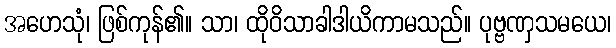
အဟေသုံ၊ ဖြစ်ကုန်၏။ သာ၊ ထိုဝိသာခါဒါယိကာမသည်။ ပုဗ္ဗဏှသမယေ၊